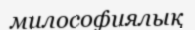
милософиялық